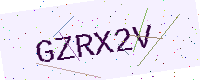
Text: GZRX2V